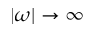
| \omega | \to \infty